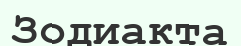
Зодиакта